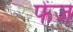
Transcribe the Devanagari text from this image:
फेंज